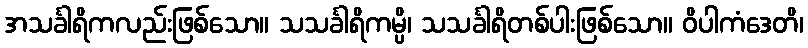
အသင်္ခါရိကလည်းဖြစ်သော။ သသင်္ခါရိကမ္ပိ၊ သသင်္ခါရိတစ်ပါးဖြစ်သော။ ဝိပါကံဒေတိ၊